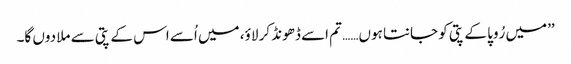
’’میں رُوپا کے پتی کو جانتا ہوں…… تم اسے ڈھونڈ کر لاؤ، میں اُسے اس کے پتی سے ملا دوں گا۔